[Report on the health of British troops in the Madras command]
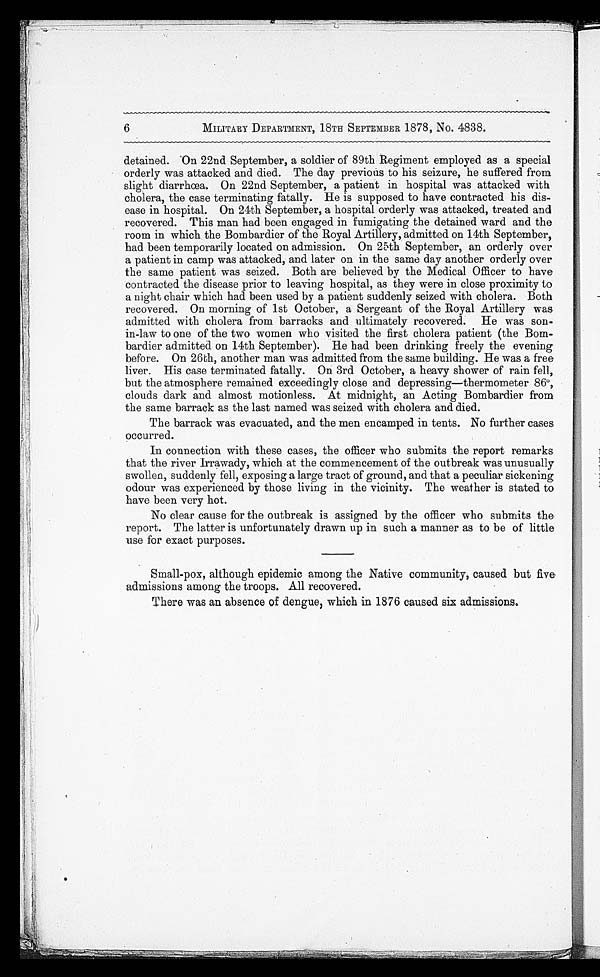
6
MILITARY DEPARTMENT, 18TH SEPTEMBER 1878, No. 4838.
detained. On 22nd September, a soldier of 89th Regiment employed as a special
orderly was attacked and died. The day previous to his seizure, he suffered from
slight diarrhœa. On 22nd September, a patient in hospital was attacked with
cholera, the case terminating fatally. He is supposed to have contracted his dis-
ease in hospital. On 24th September, a hospital orderly was attacked, treated and
recovered. This man had been engaged in fumigating the detained ward and the
room in which the Bombardier of the Royal Artillery, admitted on 14th September,
had been temporarily located on admission. On 25th September, an orderly over
a patient in camp was attacked, and later on in the same day another orderly over
the same patient was seized. Both are believed by the Medical Officer to have
contracted the disease prior to leaving hospital, as they were in close proximity to
a night chair which had been used by a patient suddenly seized with cholera. Both
recovered. On morning of 1st October, a Sergeant of the Royal Artillery was
admitted with cholera from barracks and ultimately recovered. He was son
-in-law to one of the two women who visited the first cholera patient (the Bom
-bardier admitted on 14th September). He had been drinking freely the evening
before. On 26th, another man was admitted from the same building. He was a free
liver. His case terminated fatally. On 3rd October, a heavy shower of rain fell,
but the atmosphere remained exceedingly close and depressing—thermometer 86º,
clouds dark and almost motionless. At midnight, an Acting Bombardier from
the same barrack as the last named was seized with cholera and died.
The barrack was evacuated, and the men encamped in tents. No further cases
occurred.
In connection with these cases, the officer who submits the report remarks
that the river Irrawady, which at the commencement of the outbreak was unusually
swollen, suddenly fell, exposing a large tract of ground, and that a peculiar sickening
odour was experienced by those living in the vicinity. The weather is stated to
have been very hot.
No clear cause for the outbreak is assigned by the officer who submits the
report. The latter is unfortunately drawn up in such a manner as to be of little
use for exact purposes.
Small-pox, although epidemic among the Native community, caused but five
admissions among the troops. All recovered.
There was an absence of dengue, which in 1876 caused six admissions.